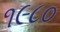
૧૯૮૦